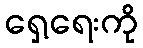
ရှေ့ရေးကို